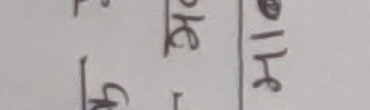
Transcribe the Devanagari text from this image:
ह।  ११६